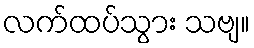
လက်ထပ်သွား သဗျ။